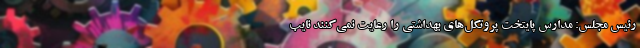
رئیس مجلس: مدارس پایتخت پروتکل‌های بهداشتی را رعایت نمی‌کنند نایب